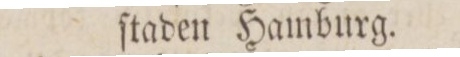
ſtaden Hamburg.